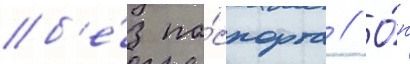
б'е́з па́спорта // О́н